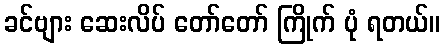
ခင်ဗျား ဆေးလိပ် တော်တော် ကြိုက် ပုံ ရတယ်။